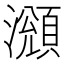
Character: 𤁫